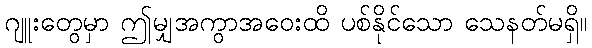
ဂျူးတွေမှာ ဤမျှအကွာအဝေးထိ ပစ်နိုင်သော သေနတ်မရှိ။